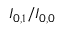
I _ { 0 , 1 } / I _ { 0 , 0 }